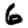
Digit: 6